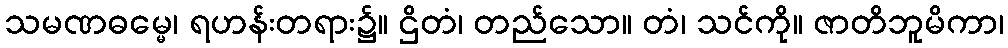
သမဏဓမ္မေ၊ ရဟန်းတရား၌။ ဌိတံ၊ တည်သော။ တံ၊ သင်ကို။ ဇာတိဘူမိကာ၊